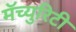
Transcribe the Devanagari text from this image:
मॅच्युरिटी